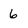
Character: 6